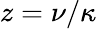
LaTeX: z=\nu/\kappa